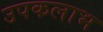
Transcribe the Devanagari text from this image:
उपकलाभ